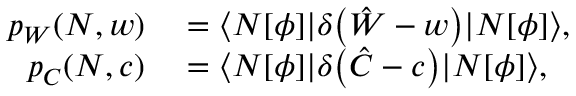
\begin{array} { r l } { p _ { W } ( N , w ) } & { { } = \langle N [ \phi ] | \delta \bigl ( \hat { W } - w \bigr ) | N [ \phi ] \rangle , } \\ { p _ { C } ( N , c ) } & { { } = \langle N [ \phi ] | \delta \bigl ( \hat { C } - c \bigr ) | N [ \phi ] \rangle , } \end{array}